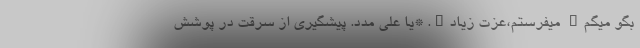
بگو میگم… میفرستم،عزت زیاد…. *یا علی مدد. پیشگیری از سرقت در پوشش